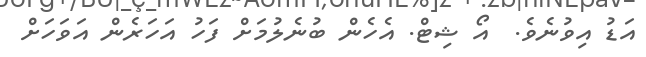
އަޑު އިވުނެވެ.  އޯ ޝިޓް. އެހެން ބުނެލުމަށް ފަހު އަހަރެން އަވަހަށް